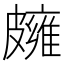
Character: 𥀪